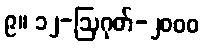
၉။ ၁၂-ဩဂုတ်-၂၀၀၀